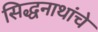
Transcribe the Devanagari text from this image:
सिद्धनाथांचे